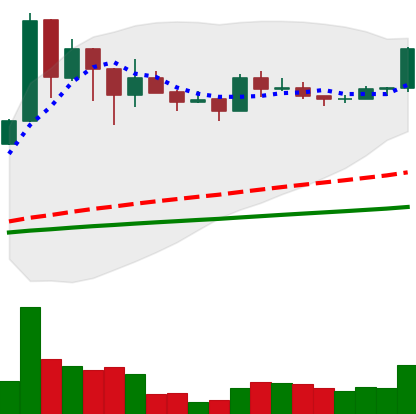
Ticker: BNB-USD
Chart end date: 2021-03-09
Forward return: -9.823%
Label: down_7plus